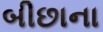
બીછાના